Document type: Sale
Year: 1274
Scribe: [Unknown]
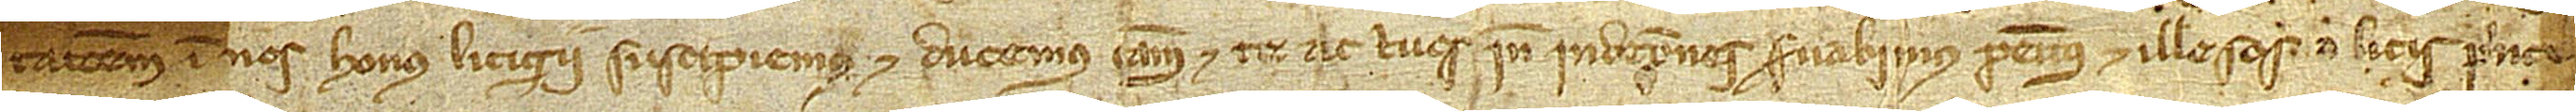
tacionem in nos honus litigii suscipiemus, et ducemus causam et te ac tuos inde indempnes servabimus penitus et illesos, a litis princi-